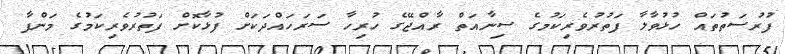
ފުރުސަތުތައް ހުޅުވާލާ ފަތުރުވެރިކަމުގެ ސިނާއަތް ރާއްޖޭގެ ހުރިހާ ސަރަހައްދަކަށް ފުޅާކޮށް ފަތުރުވެރިކަމުގެ މަންފާ